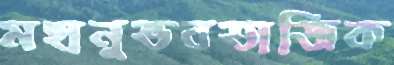
মহানুভবতাজিক